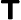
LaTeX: \boldsymbol{\mathsf{T}}